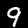
Label: 9